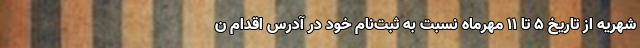
شهریه از تاریخ ۵ تا ۱۱ مهرماه نسبت به ثبت‌نام خود در آدرس اقدام ن